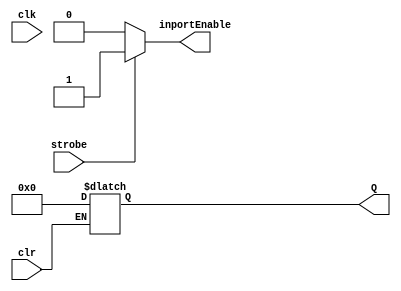
module inputUnit#(parameter val=0)(input wire clr,input wire clk,input wire strobe,output reg [31:0] Q,output reg inportEnable);
reg [31:0] D;
initial begin 
    D<=val;
end
always @(clk) begin
    if (strobe)begin
        inportEnable<=1;
    end
    else begin
        inportEnable<=0;
    end
    if(clr)begin
    Q<=0;
    end
end
endmodule